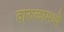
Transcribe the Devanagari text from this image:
वारुळामध्ये